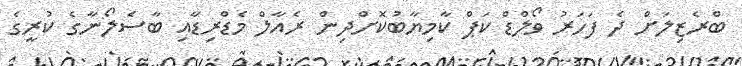
ބްރެޒިލަށް ދެ ފަހަރު ވޯލްޑް ކަޕް ކާމިޔާބުކޮށްދިން ރެއާލް މެޑްރިޑާއި ބާސެލޯނާގެ ކުރީގެ